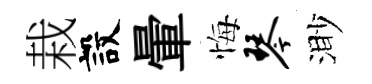
栽設暈悔琴渺